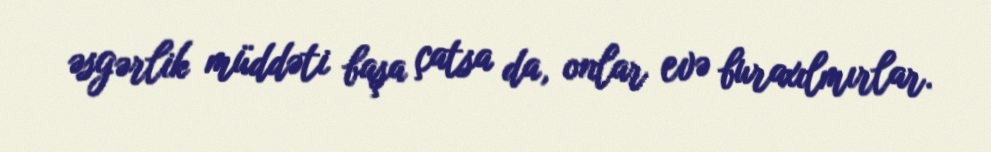
əsgərlik müddəti başa çatsa da, onlar evə buraxılmırlar.